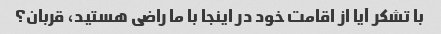
با تشکر آیا از اقامت خود در اینجا با ما راضی هستید، قربان؟